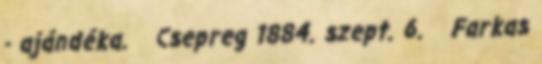
- ajándéka. Csepreg 1884. szept. 6. Farkas